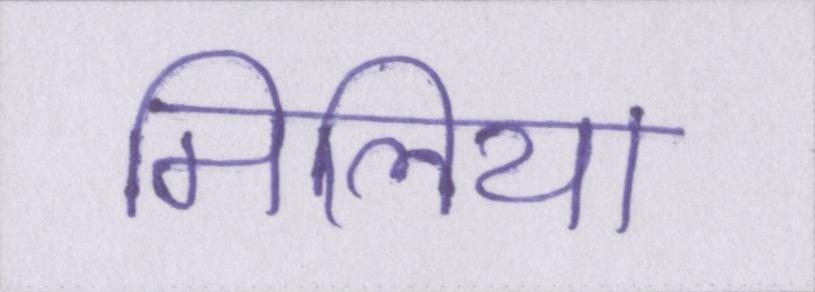
मिलिया